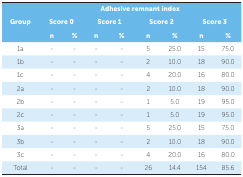
<table><thead><tr><td rowspan="3"><b> Group</b></td><td colspan="8"><b> Adhesive remnant index</b></td></tr><tr><td colspan="2"><b> Score 0</b></td><td colspan="2"><b> Score 1</b></td><td colspan="2"><b> Score 2</b></td><td colspan="2"><b> Score 3</b></td></tr><tr><td><b> n</b></td><td><b> %</b></td><td><b> n</b></td><td><b> %</b></td><td><b> n</b></td><td><b> %</b></td><td><b> n</b></td><td><b> %</b></td></tr></thead><tbody><tr><td> 1a</td><td> -</td><td> -</td><td> -</td><td> -</td><td> 5</td><td> 25.0</td><td> 15</td><td> 75.0</td></tr><tr><td> 1b</td><td> -</td><td> -</td><td> -</td><td> -</td><td> 2</td><td> 10.0</td><td> 18</td><td> 90.0</td></tr><tr><td> 1c</td><td> -</td><td> -</td><td> -</td><td> -</td><td> 4</td><td> 20.0</td><td> 16</td><td> 80.0</td></tr><tr><td> 2a</td><td> -</td><td> -</td><td> -</td><td> -</td><td> 2</td><td> 10.0</td><td> 18</td><td> 90.0</td></tr><tr><td> 2b</td><td> -</td><td> -</td><td> -</td><td> -</td><td> 1</td><td> 5.0</td><td> 19</td><td> 95.0</td></tr><tr><td> 2c</td><td> -</td><td> -</td><td> -</td><td> -</td><td> 1</td><td> 5.0</td><td> 19</td><td> 95.0</td></tr><tr><td> 3a</td><td> -</td><td> -</td><td> -</td><td> -</td><td> 5</td><td> 25.0</td><td> 15</td><td> 75.0</td></tr><tr><td> 3b</td><td> -</td><td> -</td><td> -</td><td> -</td><td> 2</td><td> 10.0</td><td> 18</td><td> 90.0</td></tr><tr><td> 3c</td><td> -</td><td> -</td><td> -</td><td> -</td><td> 4</td><td> 20.0</td><td> 16</td><td> 80.0</td></tr><tr><td> Total</td><td> -</td><td> -</td><td> -</td><td> -</td><td> 26</td><td> 14.4</td><td> 154</td><td> 85.6</td></tr></tbody></table>